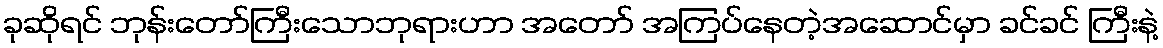
ခုဆိုရင် ဘုန်းတော်ကြီးသောဘုရားဟာ အတော် အကြပ်နေတဲ့အဆောင်မှာ ခင်ခင် ကြီးနဲ့